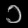
Digit: ၁